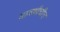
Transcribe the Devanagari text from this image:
मावशीचीच